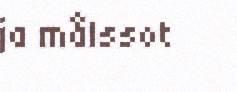
ja målssot